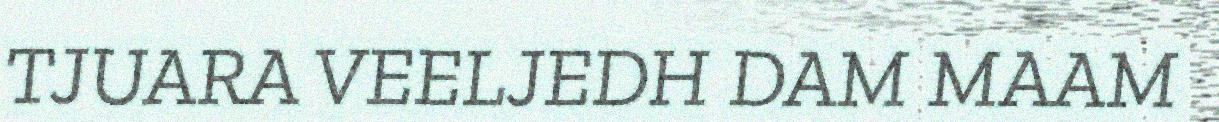
TJUARA VEELJEDH DAM MAAM